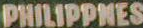
PHILIPPMES